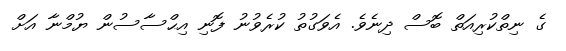
ގެ ނިތްކުރިއަތް ބޮސް ދިނެވެ. އެވަގުތު ކުރެވުނު ފޮނި އިޙްސާސުން ޔުމްނާ އަށް